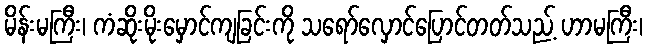
မိန်းမကြီး၊ ကံဆိုးမိုးမှောင်ကျခြင်းကို သရော်လှောင်ပြောင်တတ်သည့် ဟာမကြီး၊